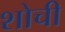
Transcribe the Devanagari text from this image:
शोची